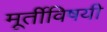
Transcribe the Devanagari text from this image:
मूर्तीविषयी